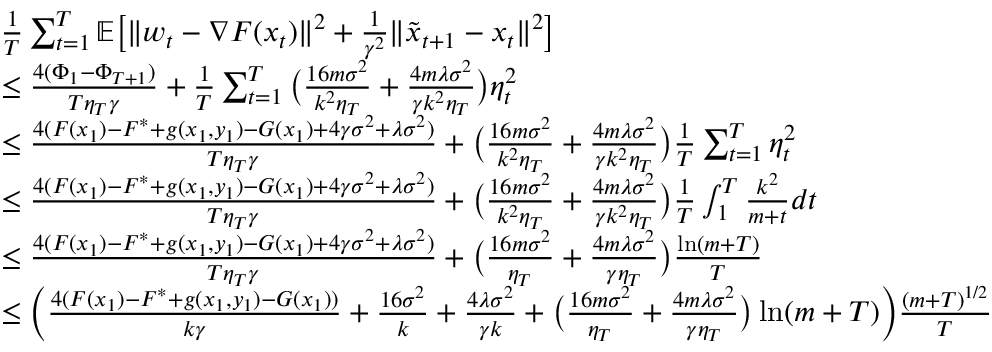
\begin{array} { r l } & { \frac { 1 } { T } \sum _ { t = 1 } ^ { T } \mathbb { E } \big [ \| w _ { t } - \nabla F ( x _ { t } ) \| ^ { 2 } + \frac { 1 } { \gamma ^ { 2 } } \| \tilde { x } _ { t + 1 } - x _ { t } \| ^ { 2 } \big ] } \\ & { \leq \frac { 4 ( \Phi _ { 1 } - \Phi _ { T + 1 } ) } { T \eta _ { T } \gamma } + \frac { 1 } { T } \sum _ { t = 1 } ^ { T } \big ( \frac { 1 6 m \sigma ^ { 2 } } { k ^ { 2 } \eta _ { T } } + \frac { 4 m \lambda \sigma ^ { 2 } } { \gamma k ^ { 2 } \eta _ { T } } \big ) \eta _ { t } ^ { 2 } } \\ & { \leq \frac { 4 ( F ( x _ { 1 } ) - F ^ { * } + g ( x _ { 1 } , y _ { 1 } ) - G ( x _ { 1 } ) + 4 \gamma \sigma ^ { 2 } + \lambda \sigma ^ { 2 } ) } { T \eta _ { T } \gamma } + \big ( \frac { 1 6 m \sigma ^ { 2 } } { k ^ { 2 } \eta _ { T } } + \frac { 4 m \lambda \sigma ^ { 2 } } { \gamma k ^ { 2 } \eta _ { T } } \big ) \frac { 1 } { T } \sum _ { t = 1 } ^ { T } \eta _ { t } ^ { 2 } } \\ & { \leq \frac { 4 ( F ( x _ { 1 } ) - F ^ { * } + g ( x _ { 1 } , y _ { 1 } ) - G ( x _ { 1 } ) + 4 \gamma \sigma ^ { 2 } + \lambda \sigma ^ { 2 } ) } { T \eta _ { T } \gamma } + \big ( \frac { 1 6 m \sigma ^ { 2 } } { k ^ { 2 } \eta _ { T } } + \frac { 4 m \lambda \sigma ^ { 2 } } { \gamma k ^ { 2 } \eta _ { T } } \big ) \frac { 1 } { T } \int _ { 1 } ^ { T } \frac { k ^ { 2 } } { m + t } d t } \\ & { \leq \frac { 4 ( F ( x _ { 1 } ) - F ^ { * } + g ( x _ { 1 } , y _ { 1 } ) - G ( x _ { 1 } ) + 4 \gamma \sigma ^ { 2 } + \lambda \sigma ^ { 2 } ) } { T \eta _ { T } \gamma } + \big ( \frac { 1 6 m \sigma ^ { 2 } } { \eta _ { T } } + \frac { 4 m \lambda \sigma ^ { 2 } } { \gamma \eta _ { T } } \big ) \frac { \ln ( m + T ) } { T } } \\ & { \leq \Big ( \frac { 4 ( F ( x _ { 1 } ) - F ^ { * } + g ( x _ { 1 } , y _ { 1 } ) - G ( x _ { 1 } ) ) } { k \gamma } + \frac { 1 6 \sigma ^ { 2 } } { k } + \frac { 4 \lambda \sigma ^ { 2 } } { \gamma k } + \big ( \frac { 1 6 m \sigma ^ { 2 } } { \eta _ { T } } + \frac { 4 m \lambda \sigma ^ { 2 } } { \gamma \eta _ { T } } \big ) \ln ( m + T ) \Big ) \frac { ( m + T ) ^ { 1 / 2 } } { T } } \end{array}